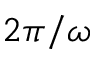
2 \pi / \omega